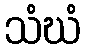
သံဃံ